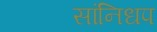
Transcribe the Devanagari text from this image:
सांनिधप